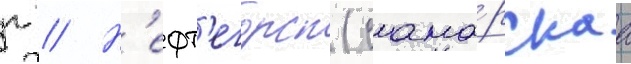
г // Н'ефт'егорск (сама́рскаа